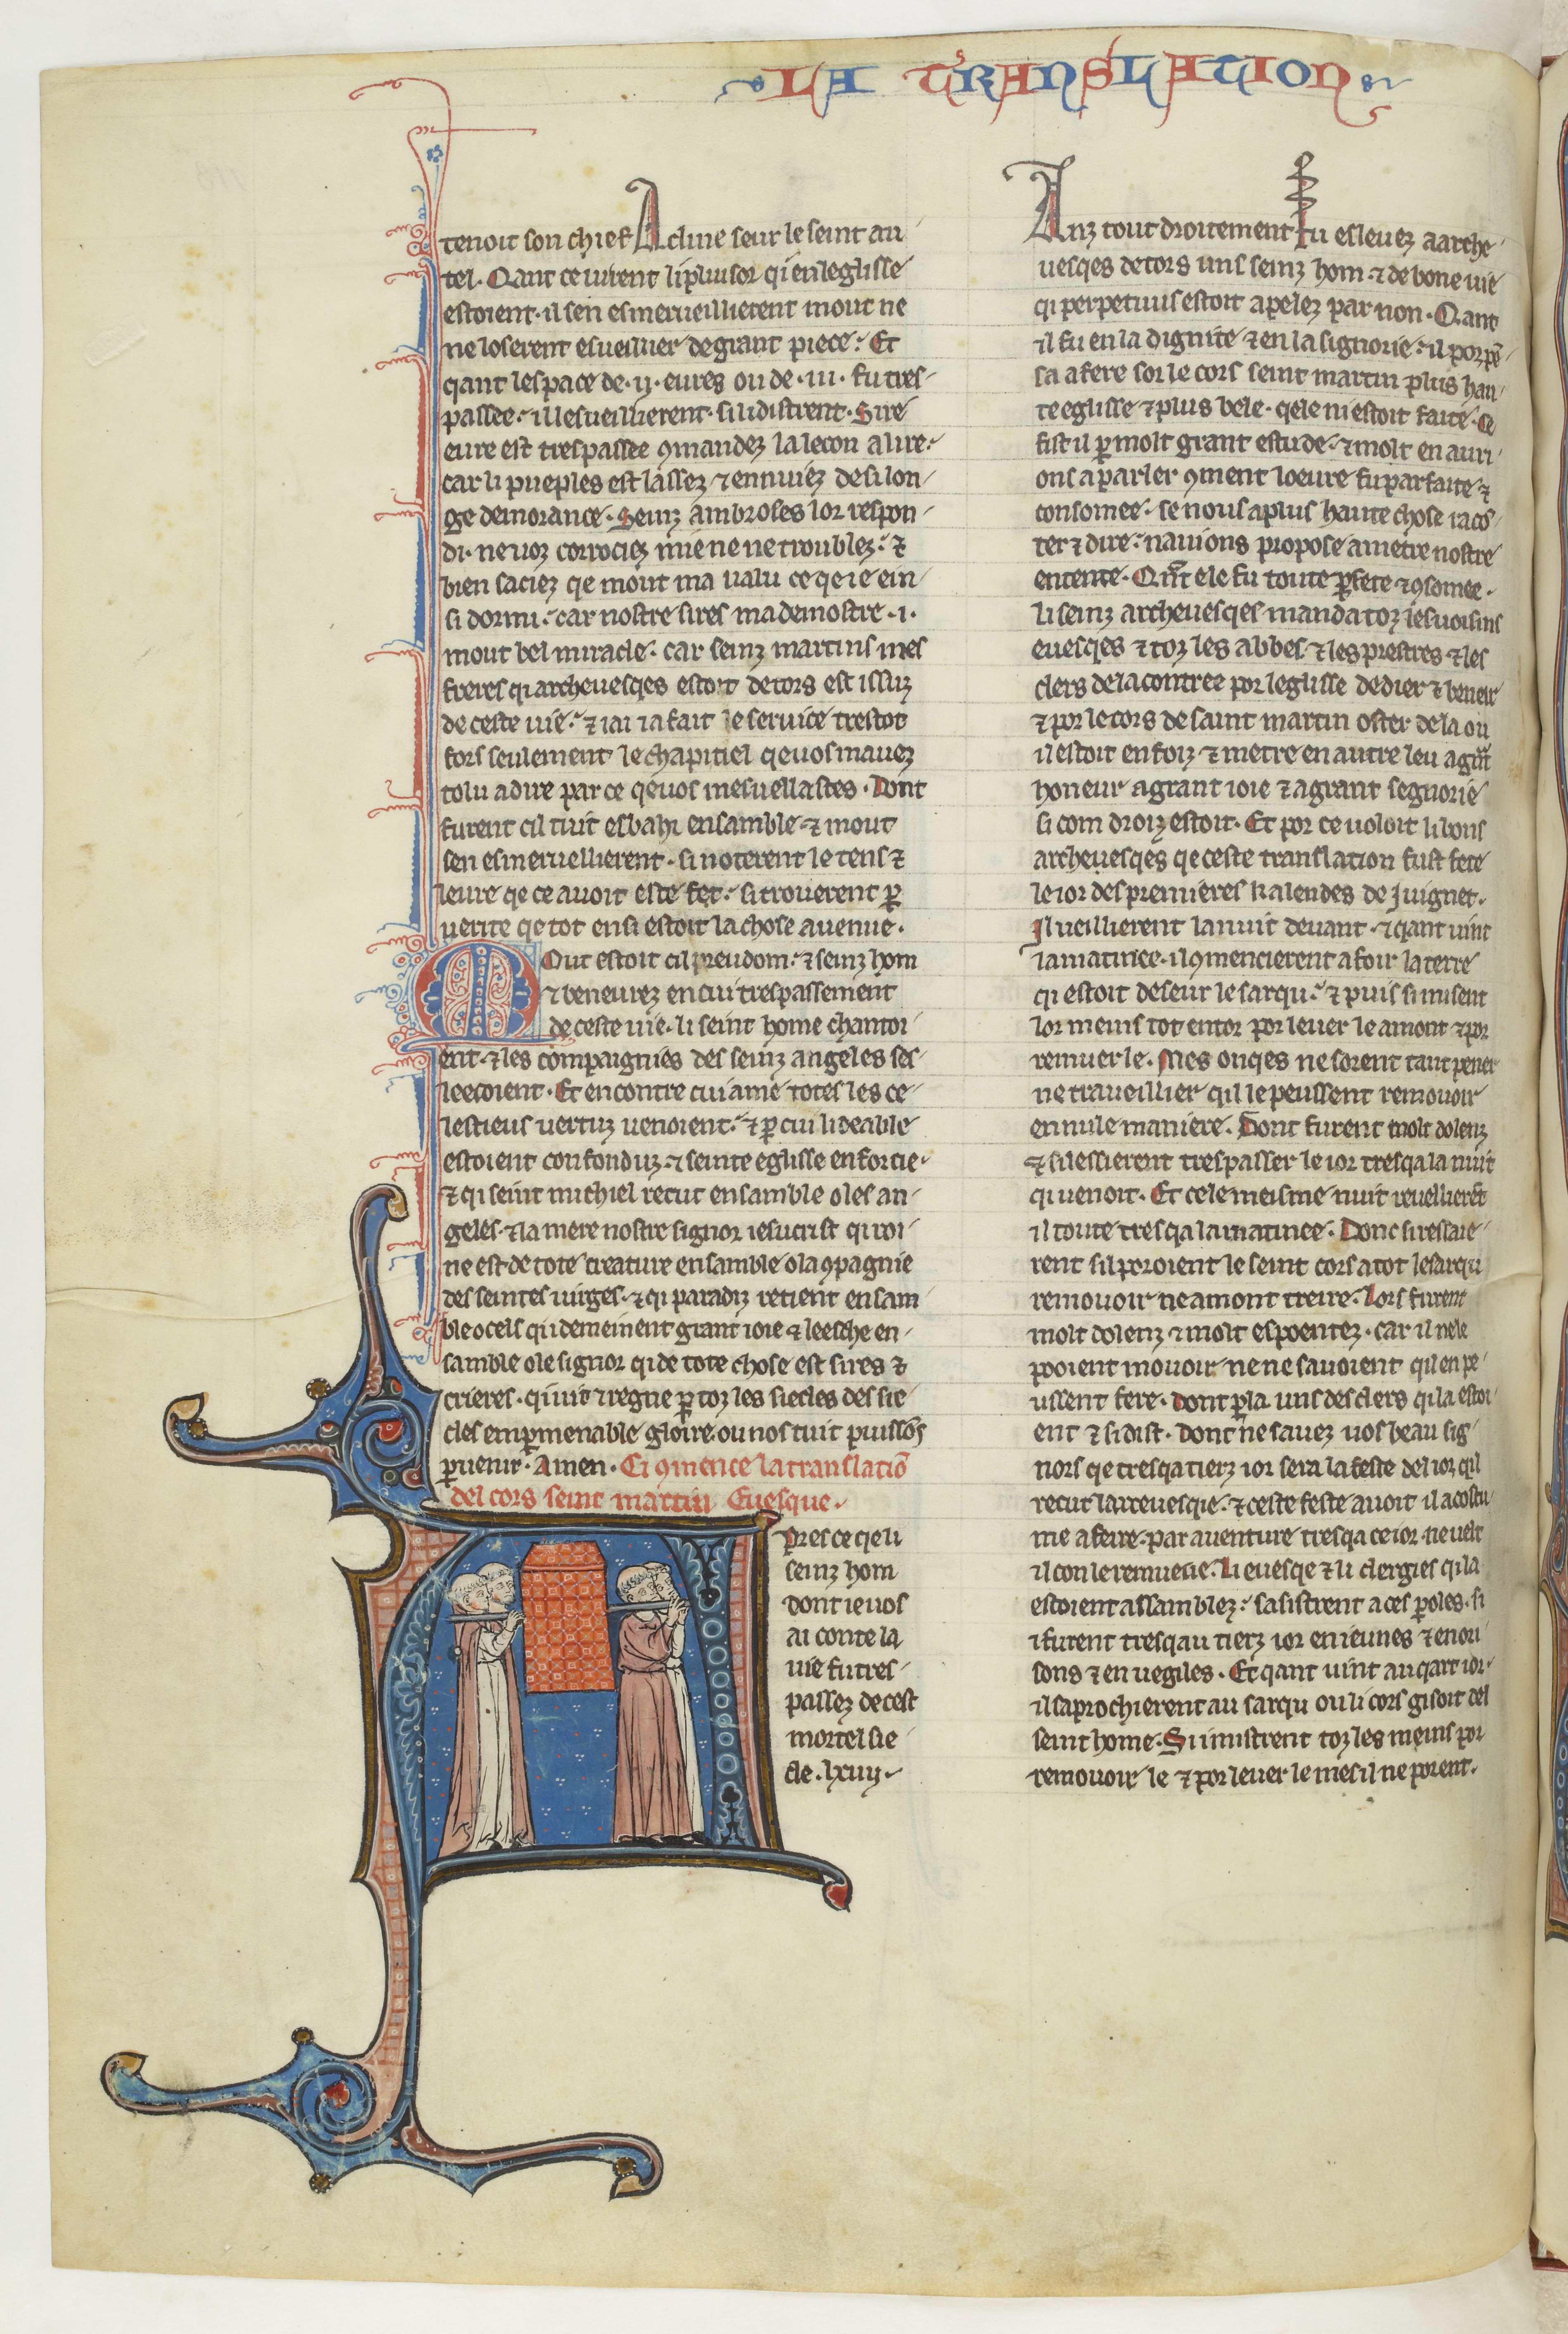
Shelfmark: Paris, BnF, fr. 412
Century: 13